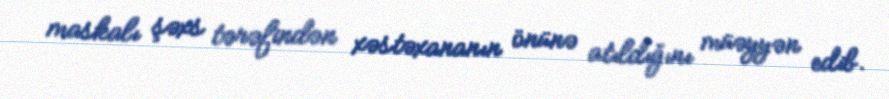
maskalı şəxs tərəfindən xəstəxananın önünə atıldığını müəyyən edib.